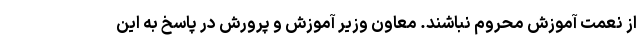
از نعمت آموزش محروم نباشند. معاون وزیر آموزش و پرورش در پاسخ به این